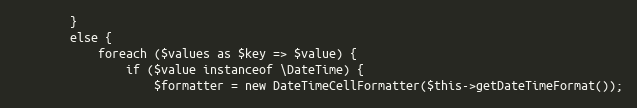
Language: PHP
        }
        else {
            foreach ($values as $key => $value) {
                if ($value instanceof \DateTime) {
                    $formatter = new DateTimeCellFormatter($this->getDateTimeFormat());